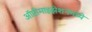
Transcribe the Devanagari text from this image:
ऑप्टीमाइझेशनमध्ये